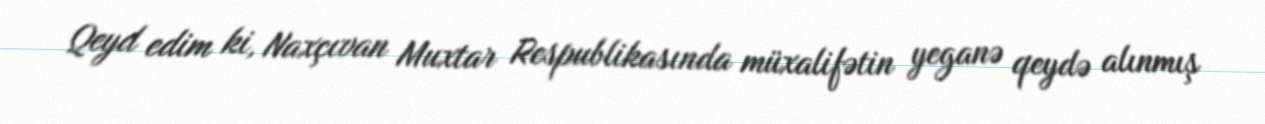
Qeyd edim ki, Naxçıvan Muxtar Respublikasında müxalifətin yeganə qeydə alınmış